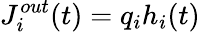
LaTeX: J_{i}^{out}(t)=q_{i}h_{i}(t)